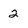
Character: 2